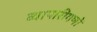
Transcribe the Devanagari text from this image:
व्यापारीगणों